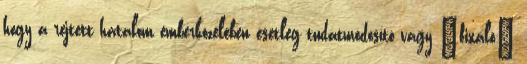
hogy a rejtett hatalom em­berközelében esetleg tudatmódosító vagy „fi­xáló”